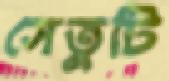
সেতুটি